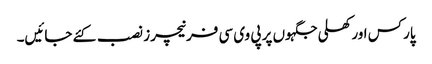
پارکس اور کھلی جگہوں پر پی وی سی فرنیچرز نصب کئے جائیں۔